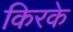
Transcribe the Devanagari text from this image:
किरके